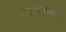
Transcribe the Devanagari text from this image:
वाटसनदंतकथा